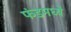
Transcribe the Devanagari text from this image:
फंडमध्ये